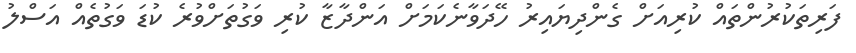
ފަރިތަކުރުންތައް ކުރިއަށް ގެންދިޔައިރު ހޭދަވާނެކަމަށް އަންދާޒާ ކުރި ވަގުތަށްވުރެ ކުޑަ ވަގުތެއް އަސްލު